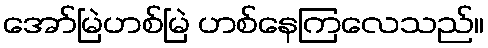
အော်မြဲဟစ်မြဲ ဟစ်နေကြလေသည်။